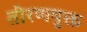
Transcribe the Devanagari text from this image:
तोरणयुक्त